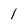
Character: 1